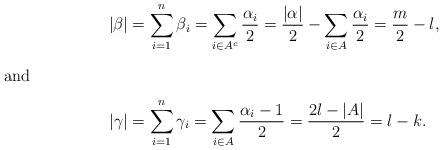
LaTeX: \begin{align*}|\beta|&=\sum_{i=1}^n \beta_i=\sum_{i\in A^c} \frac{\alpha_i}{2}=\frac{|\alpha|}{2}- \sum_{i\in A}\frac{\alpha_i}{2}= \frac{m}{2}- l,\intertext{and}|\gamma|&=\sum_{i=1}^n \gamma_i=\sum_{i\in A} \frac{\alpha_i-1}{2}= \frac{2l-|A|}{2}=l-k.\end{align*}